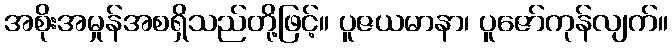
အစိုးအမှုန်အစရှိသည်တို့ဖြင့်။ ပူဇယမာနာ၊ ပူဇော်ကုန်လျက်။